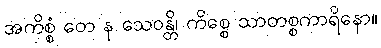
အကိစ္စံ တေ န သေဝန္တိ၊ ကိစ္စေ သာတစ္စကာရိနော။